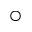
\bigcirc